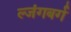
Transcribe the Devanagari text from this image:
ल्जंगबर्ग